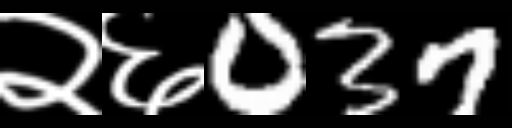
Text: २६037